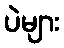
ပဲများ